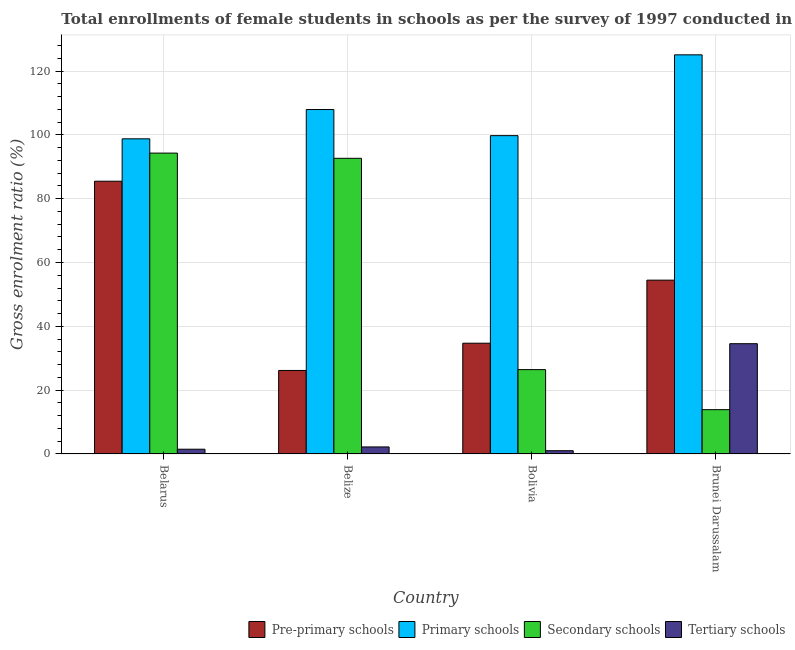
| Country | Pre-primary schools | Primary schools | Secondary schools | Tertiary schools |
 | --- | --- | --- | --- | --- |
 | Belarus | 85.5 | 98.8 | 94.3 | 1.49 |
 | Belize | 26.2 | 108 | 92.7 | 2.2 |
 | Bolivia | 34.7 | 99.8 | 26.4 | 1.02 |
 | Brunei Darussalam | 54.5 | 125 | 13.9 | 34.6 |